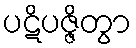
ပဋိပဇ္ဇိတွာ